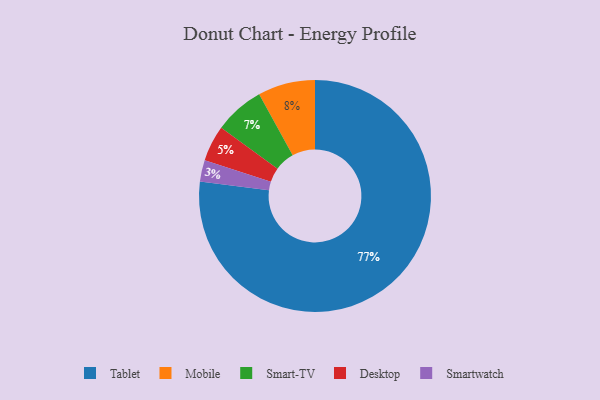
{"axis": {"x": "Category", "y": "Percentage"}, "legend": ["Desktop", "Mobile", "Smart-TV", "Smartwatch", "Tablet"], "data": [{"x": "Smartwatch", "y": 3, "type": "Smartwatch"}, {"x": "Smart-TV", "y": 7, "type": "Smart-TV"}, {"x": "Desktop", "y": 5, "type": "Desktop"}, {"x": "Tablet", "y": 77, "type": "Tablet"}, {"x": "Mobile", "y": 8, "type": "Mobile"}]}